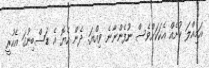
އަމިއްލަ ކުށެއް އެކަކަށްވެސް ނުފެންނާނެ ވިއްޔަ. ދެން ހެޔޮ އެ ޑަސްބިނުގަ އެހުރީ